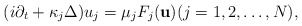
\begin{align*}(i \partial_t + \kappa_j \Delta) u_j = \mu_j {F}_j({\bf u})(j=1,2,\dots,N),\end{align*}